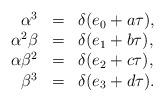
LaTeX: \begin{align*}\begin{array}{rcl}\alpha^3 &=& \delta(e_0 + a \tau), \\\alpha^2\beta &=& \delta(e_1 + b \tau), \\\alpha\beta^2 &=& \delta(e_2 + c \tau), \\\beta^3 &=& \delta(e_3 + d \tau).\end{array}\end{align*}